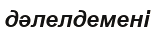
дәлелдемені